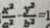
\frac { x ^ { 2 } } { a ^ { 2 } } - \frac { y ^ { 2 } } { b ^ { 2 } } = 1